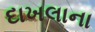
દાખલાના